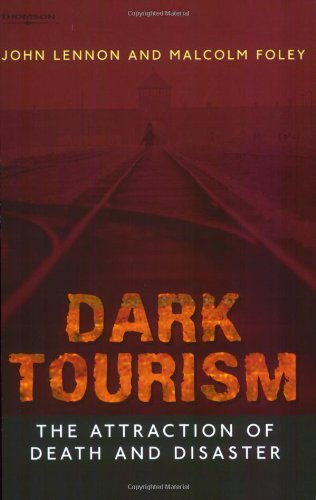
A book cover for Dark Tourism (Tourism, Leisure & Recreation); Malcolm Foley; Travel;